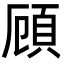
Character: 頋